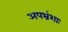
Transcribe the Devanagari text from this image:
अपभ्रंशाः